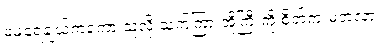
မမရေချယ်ကကော သူ့လို သက်ကြားအိုကြီးကို စိတ်ကူးမတဲ့လား။